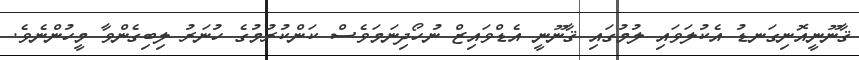
ޤާނޫނީއޮނިގަނޑު އެކުލަވައި ލުމުގައި ޤާނޫނީ އެޑްވައިޒް ނުހޯދިނަމަވެސް ކަންކުރުމުގެ ހުނަރު ލިބިގެންވާ މީހުންނެވެ.